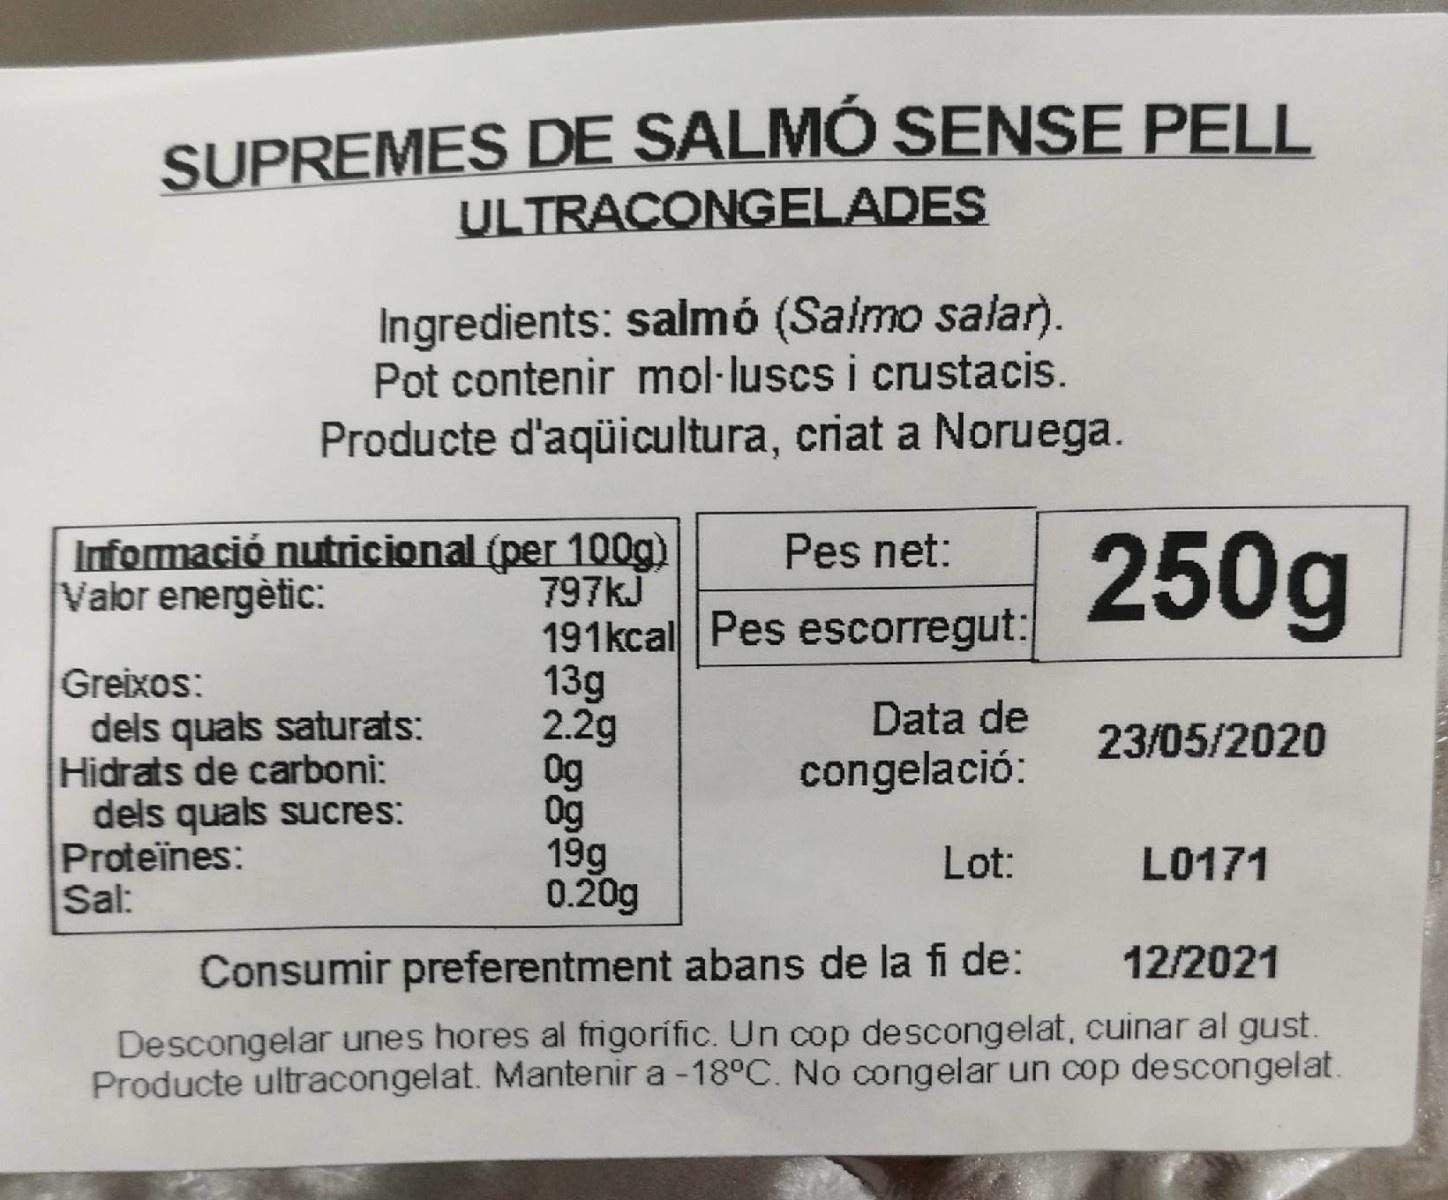
SUPREMES DE SALMÓ SENSE PELL ULTRACONGELADES
Ingredients: salmó (Salmo salar). Pot contenir mol·luscs i crustacis. Producte d'aqüicultura, criat a Noruega.
Informació nutricional (per 100g) Valor energètic:
250g
Pes net:
Greixos: dels quals saturats: Hidrats de carboni: dels quals sucres: Proteïnes: Sal:
797KJ 191kcal Pes escorregut: 13g 2.2g 0g 0g 19g 0.20g
Data de
23/05/2020
congelació:
Lot:
L0171
Consumir preferentment abans de la fi de:
12/2021
Descongelar unes hores al frigorífic. Un cop descongelat, cuinar al gust. Producte ultracongelat. Mantenir a -18°C. No congelar un cop descongelat.